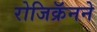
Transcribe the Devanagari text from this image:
रोजिक्रॅनने